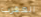
العقرب